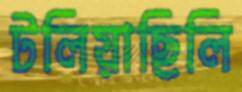
টলিয়াছিলি